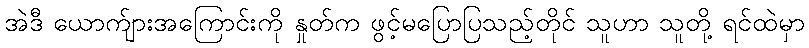
အဲဒီ ယောက်ျားအကြောင်းကို နှုတ်က ဖွင့်မပြောပြသည့်တိုင် သူဟာ သူတို့ ရင်ထဲမှာ